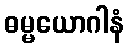
ဓမ္မယောဂါနံ